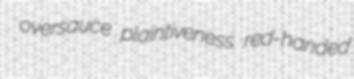
oversauce plaintiveness red-handed